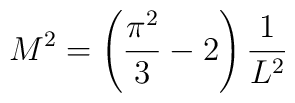
M^{2}=\left(\frac{\pi^{2}}{3}-2\right) \frac{1}{L^{2}}